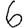
Digit: 6